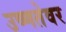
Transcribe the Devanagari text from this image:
उष्णतेवर